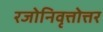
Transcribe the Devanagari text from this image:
रजोनिवृत्तोत्तर